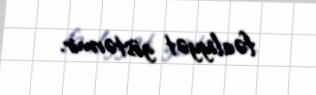
fəaliyyət göstərmir.